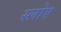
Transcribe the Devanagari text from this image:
स्लोए